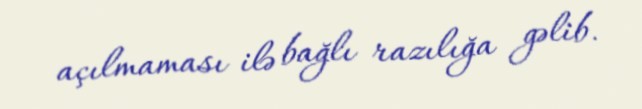
açılmaması ilə bağlı razılığa gəlib.